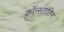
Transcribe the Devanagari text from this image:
कॉन्स्तांतिन